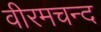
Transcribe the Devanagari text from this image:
वीरमचन्द